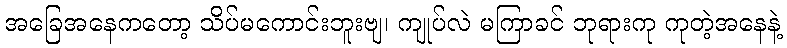
အခြေအနေကတော့ သိပ်မကောင်းဘူးဗျ၊ ကျုပ်လဲ မကြာခင် ဘုရားကု ကုတဲ့အနေနဲ့